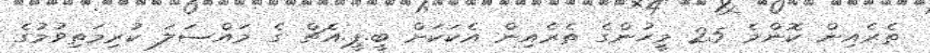
ތެރެއިން ކޮންމެ 25 މީހުންގެ ތެރެއިން އެކަކަށް ބީ.ޕީ.އެޗް ގެ މައްސަލަ ކުރިމަތިވުމުގެ